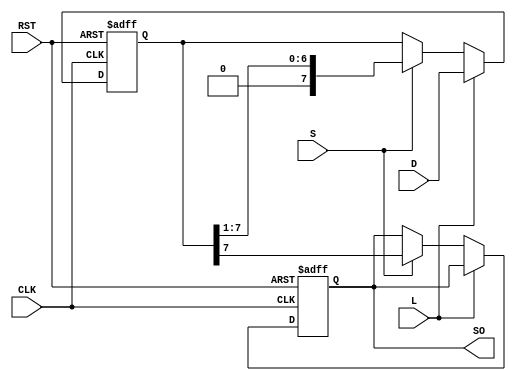
module loadable_piso #
(
    parameter n = 8  // Parameter for the number of bits in the register
)
(
    input wire [n-1:0] D,   // n-bit parallel data input
    input wire L,           // Load control signal
    input wire S,           // Shift control signal
    input wire CLK,         // Clock signal
    input wire RST,         // Asynchronous reset signal
    output reg SO           // Serial output
);

    // Internal register to hold the data
    reg [n-1:0] shift_reg; // Shift register for storing data

    always @(posedge CLK or posedge RST) begin
        if (RST) begin
            // Asynchronous reset
            shift_reg <= {n{1'b0}}; // Clear all bits to 0
            SO <= 1'b0; // Clear serial output
        end else begin
            if (L) begin
                // Load data into the shift register
                shift_reg <= D;
            end else if (S) begin
                // Shift data out serially
                SO <= shift_reg[n-1]; // Output the MSB (first flip-flop)
                shift_reg <= {1'b0, shift_reg[n-1:1]}; // Shift right
            end
        end
    end

endmodule